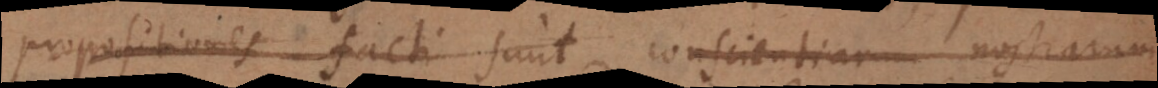
propositiones facti sunt conscientiarum nostrarum